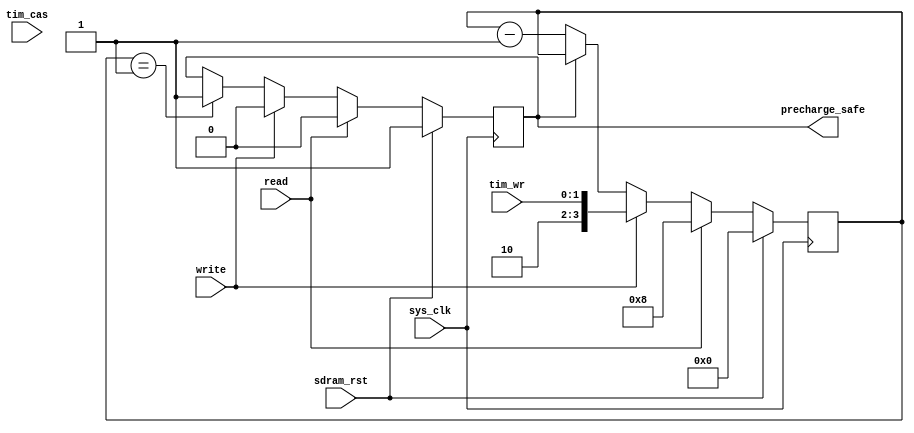
module hpdmc_banktimer_2(
	input sys_clk,
	input sdram_rst,
	input tim_cas,
	input [1:0] tim_wr,
	input read,
	input write,
	output reg precharge_safe
);
reg [3:0] counter;
always @(posedge sys_clk) begin
	if(sdram_rst) begin
		counter <= 4'd0;
		precharge_safe <= 1'b1;
	end else begin
		if(read) begin
			counter <= 4'd8;
			precharge_safe <= 1'b0;
		end else if(write) begin
			counter <= {2'b10, tim_wr};
			precharge_safe <= 1'b0;
		end else begin
			if(counter == 4'b1)
				precharge_safe <= 1'b1;
			if(~precharge_safe)
				counter <= counter - 4'b1;
		end
	end
end
endmodule